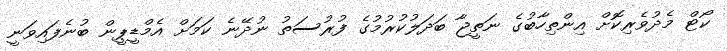
ކޯޓް މެދުވެރިކޮށް އިންތިހާބުގެ ނަތީޖާ ބަދަލުކުރުމުގެ ފުރުސަތު ނުދޭނެ ކަމަށް އެމްޑީޕީން ބުނެފައިވަނީ